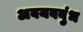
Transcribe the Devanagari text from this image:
अवयवबुंध